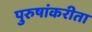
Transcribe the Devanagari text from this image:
पुरुषांकरीता